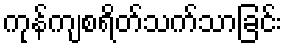
ကုန်ကျစရိတ်သက်သာခြင်း